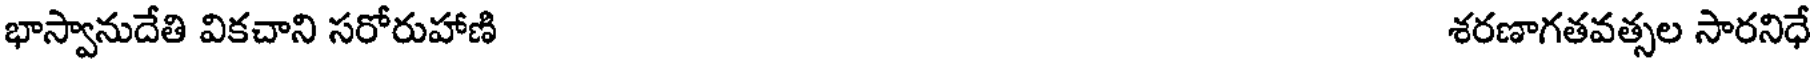
భాస్వానుదేతి వికచాని సరోరుహాణి శరణాగతవత్సల సారనిధే